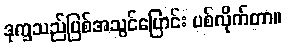
ဒုက္ခသည်ပြစ်အသွင်ပြောင်း ပစ်လိုက်တာ။